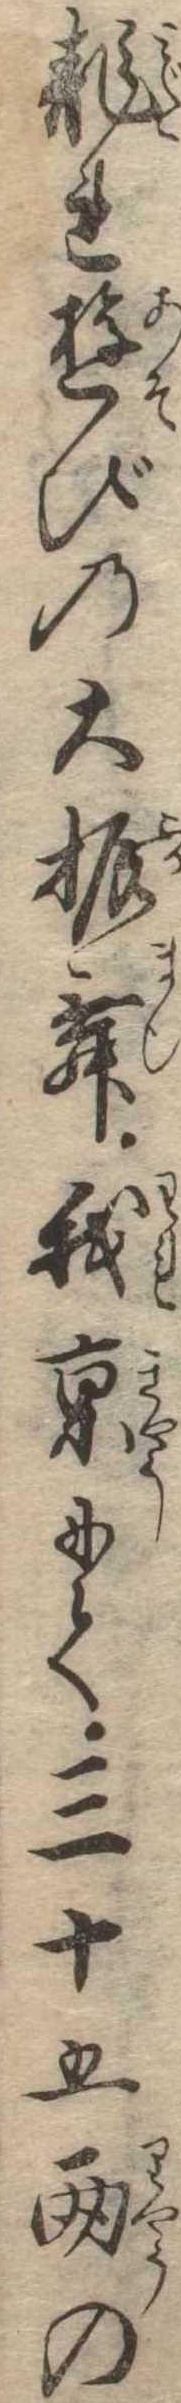
乱れ遊びの大振舞我京にて三十五両の